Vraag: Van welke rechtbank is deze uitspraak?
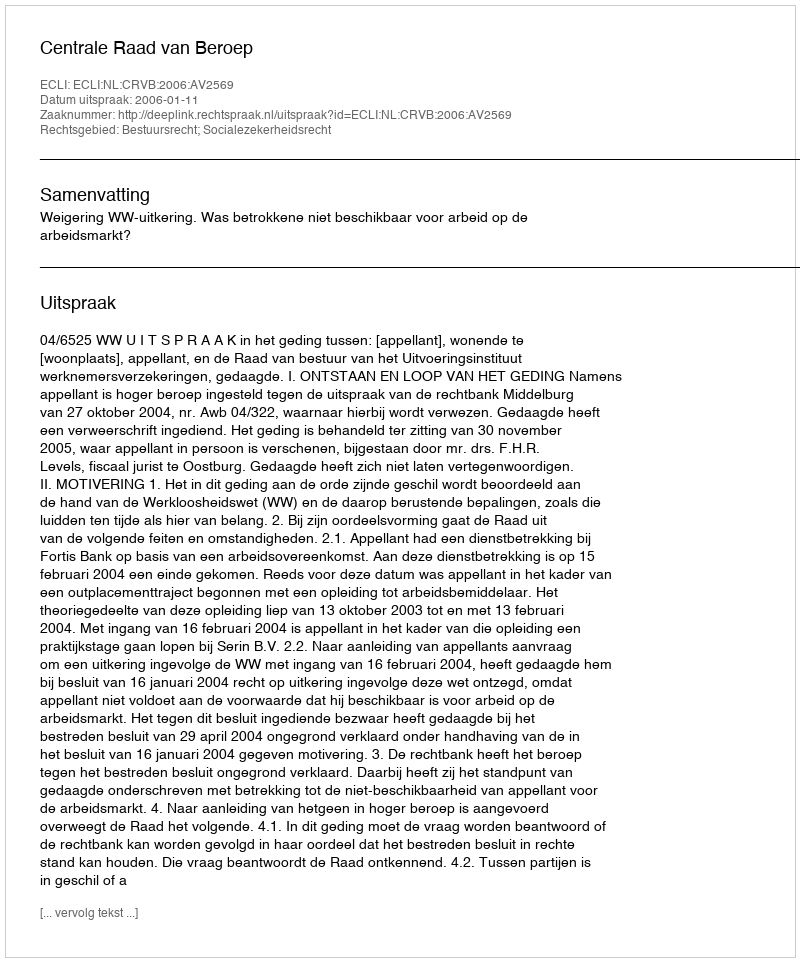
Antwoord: Centrale Raad van Beroep